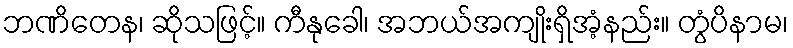
ဘဏိတေန၊ ဆိုသဖြင့်။ ကီနုခေါ၊ အဘယ်အကျိုးရှိအံ့နည်း။ တွံပိနာမ၊